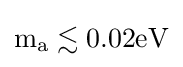
\mathrm {m_{a}\lesssim 0.02eV}